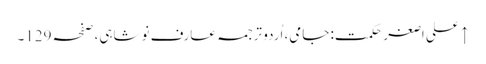
↑ علی اصغر حکمت: جامی، اُردو ترجمہ عارف نوشاہی، صفحہ 129۔